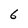
Character: 6